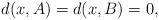
LaTeX: \begin{align*}d(x,A)=d(x,B)=0,\end{align*}